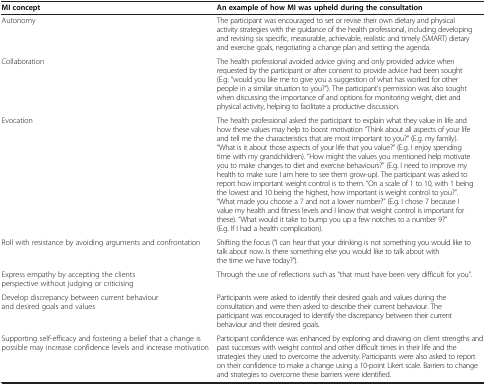
<table><thead><tr><td><b>MI concept</b></td><td><b>An example of how MI was upheld during the consultation</b></td></tr></thead><tbody><tr><td>Autonomy</td><td>The participant was encouraged to set or revise their own dietary and physical activity strategies with the guidance of the health professional, including developing and revising six specific, measurable, achievable, realistic and timely (SMART) dietary and exercise goals, negotiating a change plan and setting the agenda.</td></tr><tr><td>Collaboration</td><td>The health professional avoided advice giving and only provided advice when requested by the participant or after consent to provide advice had been sought (E.g. “would you like me to give you a suggestion of what has worked for other people in a similar situation to you?”). The participant’s permission was also sought when discussing the importance of and options for monitoring weight, diet and physical activity, helping to facilitate a productive discussion.</td></tr><tr><td>Evocation</td><td>The health professional asked the participant to explain what they value in life and how these values may help to boost motivation “Think about all aspects of your life and tell me the characteristics that are most important to you?” (E.g. my family). “What is it about those aspects of your life that you value?” (E.g. I enjoy spending time with my grandchildren). “How might the values you mentioned help motivate you to make changes to diet and exercise behaviours?” (E.g. I need to improve my health to make sure I am here to see them grow-up). The participant was asked to report how important weight control is to them. “On a scale of 1 to 10, with 1 being the lowest and 10 being the highest, how important is weight control to you?”. “What made you choose a 7 and not a lower number?” (E.g. I chose 7 because I value my health and fitness levels and I know that weight control is important for these). “What would it take to bump you up a few notches to a number 9?” (E.g. If I had a health complication).</td></tr><tr><td>Roll with resistance by avoiding arguments and confrontation</td><td>Shifting the focus (“I can hear that your drinking is not something you would like to talk about now. Is there something else you would like to talk about with the time we have today?”).</td></tr><tr><td>Express empathy by accepting the clients perspective without judging or criticising</td><td>Through the use of reflections such as “that must have been very difficult for you”.</td></tr><tr><td>Develop discrepancy between current behaviour and desired goals and values</td><td>Participants were asked to identify their desired goals and values during the consultation and were then asked to describe their current behaviour. The participant was encouraged to identify the discrepancy between their current behaviour and their desired goals.</td></tr><tr><td>Supporting self-efficacy and fostering a belief that a change is possible may increase confidence levels and increase motivation</td><td>Participant confidence was enhanced by exploring and drawing on client strengths and past successes with weight control and other difficult times in their life and the strategies they used to overcome the adversity. Participants were also asked to report on their confidence to make a change using a 10-point Likert scale. Barriers to change and strategies to overcome these barriers were identified.</td></tr></tbody></table>